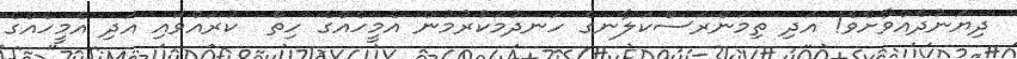
ދިޔަނުދެއްވާށެވެ! އަދި ތިމަންރަސްކަލާނގެ ހަނދުމަކުރުމުން އެމީހެއްގެ ހިތް  ކުރައްވައި އަދި އެމީހެއްގެ